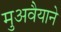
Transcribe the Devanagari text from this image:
मुअवैयाने